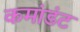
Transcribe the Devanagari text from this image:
कमांडंट